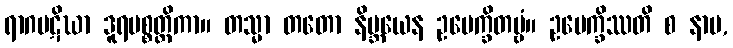
ရာဂပဋိဃာ ဒူရပစ္စတ္ထိကာ။ တသ္မာ တတော နိဗ္ဘယေန ဥပေက္ခိတဗ္ဗံ။ ဥပေက္ခိဿတိ စ နာမ,